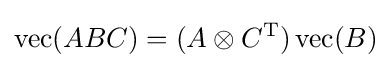
\operatorname {vec} (ABC)=(A\otimes C^{\mathrm {T} })\operatorname {vec} (B)